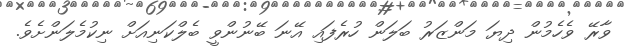
ވާރޭ ވެހެމުން ދިޔަ މަންޒަރު ބަލަން ހުރެފައި އޭނަ ބޭނުންވީ ބެލްކަނިއަށް ނިކުމެލަންށެވެ.